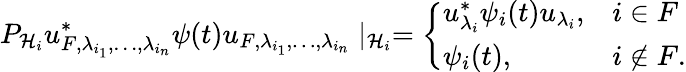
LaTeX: P_{{\mathcal{H}}_{i}}u_{F,\lambda_{i_{1}},\ldots,\lambda_{i_{n}}}^{*}\psi(t)u_{F,\lambda_{i_{1}},\ldots,\lambda_{i_{n}}}\mid_{{\mathcal{H}}_{i}}=\left\{ \begin{array}{ll}{u_{\lambda_{i}}^{*}\psi_{i}(t)u_{\lambda_{i}},}&{i\in F}\\ {\psi_{i}(t),}&{i\notin F.}\end{array}\right.